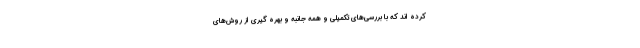
کرده اند که با بررسی‌های تکمیلی و همه جانبه و بهره گیری از روش‌های